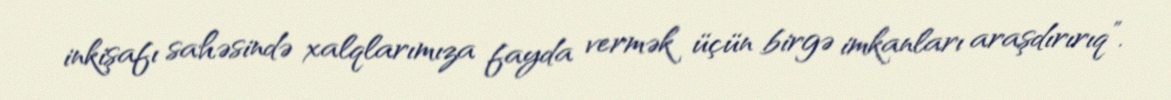
inkişafı sahəsində xalqlarımıza fayda vermək üçün birgə imkanları araşdırırıq”.